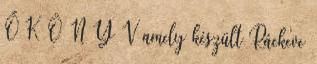
Ő K Ö N Y V amely készült Ráckeve